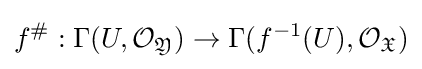
f^{\#}:\Gamma (U,{\mathcal {O}}_{\mathfrak {Y}})\to \Gamma (f^{-1}(U),{\mathcal {O}}_{\mathfrak {X}})